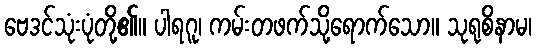
ဗေဒင်သုံးပုံတို့၏။ ပါရဂူ၊ ကမ်းတဖက်သို့ရောက်သော။ သုရုစိနာမ၊